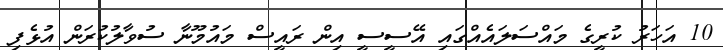
10 އަހަރު ކުރީގެ މައްސަލައެއްގައި އޭސީސީ އިން ރައީސް މައުމޫނާ ސުވާލުކުރަން އުޅެފި